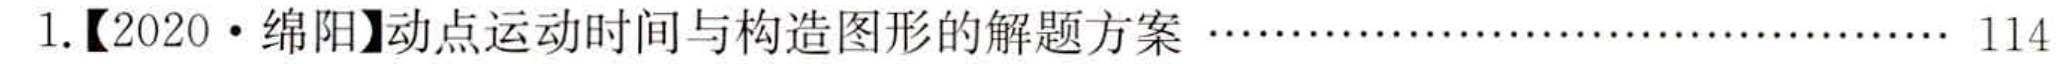
1.【2020 • 绵阳】动点运动时间与构造图形的解题方案 \cdots\cdots 114